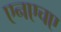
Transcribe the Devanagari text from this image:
एनएचए